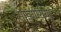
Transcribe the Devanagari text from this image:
साइगीरीया